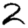
Digit: 2